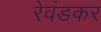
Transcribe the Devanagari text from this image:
रेवंडकर